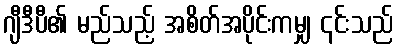
ဂျီဒီပီ၏ မည်သည့် အစိတ်အပိုင်းကမျှ ၎င်းသည်